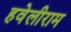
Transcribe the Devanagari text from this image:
हवेलीराम